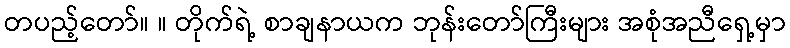
တပည့်တော်။ ။ တိုက်ရဲ့ စာချနာယက ဘုန်းတော်ကြီးများ အစုံအညီရှေ့မှာ